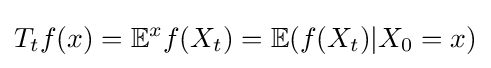
T_{t}f(x)=\mathbb {E} ^{x}f(X_{t})=\mathbb {E} (f(X_{t})|X_{0}=x)